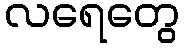
လရေတွေ